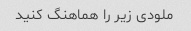
ملودی زیر را هماهنگ کنید